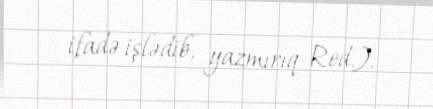
ifadə işlədib, yazmırıq-Red.).